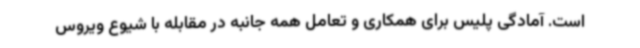
است. آمادگی پلیس برای همکاری و تعامل همه جانبه در مقابله با شیوع ویروس